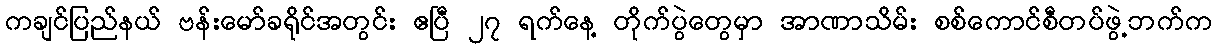
ကချင်ပြည်နယ် ဗန်းမော်ခရိုင်အတွင်း ဧပြီ ၂၇ ရက်နေ့ တိုက်ပွဲတွေမှာ အာဏာသိမ်း စစ်ကောင်စီတပ်ဖွဲ့ဘက်က